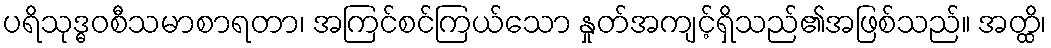
ပရိသုဒ္ဓဝစီသမာစာရတာ၊ အကြင်စင်ကြယ်သော နှုတ်အကျင့်ရှိသည်၏အဖြစ်သည်။ အတ္ထိ၊